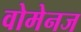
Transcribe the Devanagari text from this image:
वोमेनज